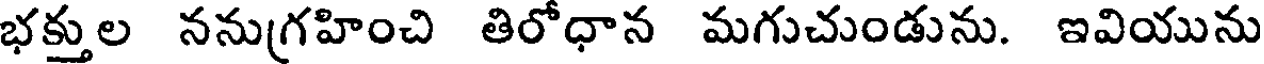
భక్తుల ననుగ్రహించి తిరోధాన మగుచుండును. ఇవియును